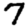
Digit: 7